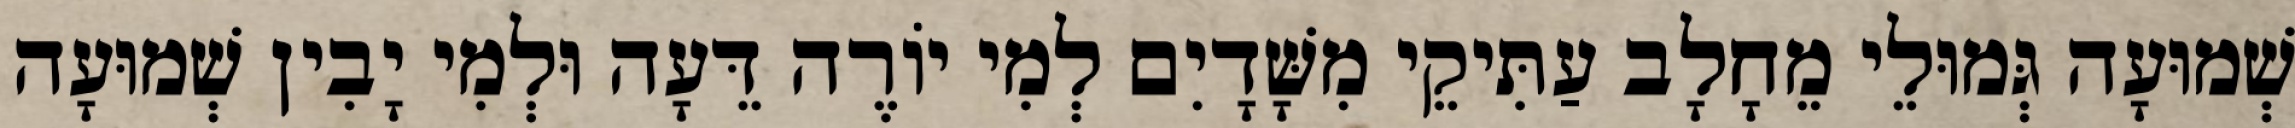
שְׁמוּעָה גְּמוּלֵי מֵחָלָב עַתִּיקֵי מִשָּׁדָיִם לְמִי יוֹרֶה דֵּעָה וּלְמִי יָבִין שְׁמוּעָה